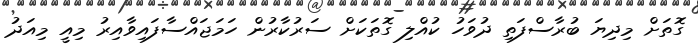
ގޮތަށް މިދިޔަ ބުރާސްފަތި ދުވަހު ކުއްލި ގޮތަކަށް ސަރުކާރުން ހަމަޖައްސާފައިވާއިރު މިއީ މިއަދު